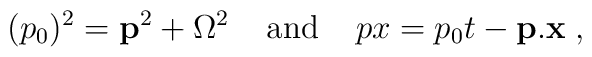
(p_{0})^{2}={\bf p}^2+\Omega^{2}\;\;\;\; {\rm and}\;\;\;\;px=p_{0}t-{\bf p}.{\bf x} \; ,